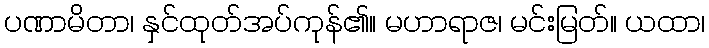
ပဏာမိတာ၊ နှင်ထုတ်အပ်ကုန်၏။ မဟာရာဇ၊ မင်းမြတ်။ ယထာ၊